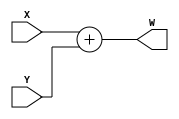
module LogarithmicAnalogMultiplier (
    input wire [15:0] X,  // Analog input X (sampled and digitized)
    input wire [15:0] Y,  // Analog input Y (sampled and digitized)
    output wire [15:0] W  // Output W = X * Y (sampled and digitized)
);

// Internal signals to hold logarithmic and exponential values
reg [15:0] Z1; // Logarithm of X
reg [15:0] Z2; // Logarithm of Y
reg [15:0] Z;  // Sum of logarithms
reg [15:0] W_temp; // Temporary output for exponential conversion

// Function to simulate logarithmic conversion
function [15:0] log_conversion(input [15:0] value);
    begin
        // This is a placeholder for an actual logarithmic conversion logic
        // In practice, this would involve analog circuitry or DSP techniques.
        log_conversion = value; // Replace with actual log functionality
    end
endfunction

// Function to simulate exponential conversion
function [15:0] exp_conversion(input [15:0] value);
    begin
        // This is a placeholder for an actual exponential conversion logic
        // In practice, this would involve analog circuitry or DSP techniques.
        exp_conversion = value; // Replace with actual exp functionality
    end
endfunction

// Process to perform multiplication via logarithmic addition
always @ (X, Y) begin
    // Logarithmic conversion of inputs
    Z1 = log_conversion(X);
    Z2 = log_conversion(Y);
    
    // Addition stage: Z = Z1 + Z2
    Z = Z1 + Z2;
    
    // Exponential conversion to get the final output W
    W_temp = exp_conversion(Z);
end

// Output the final result
assign W = W_temp;

endmodule